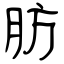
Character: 肪